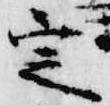
定